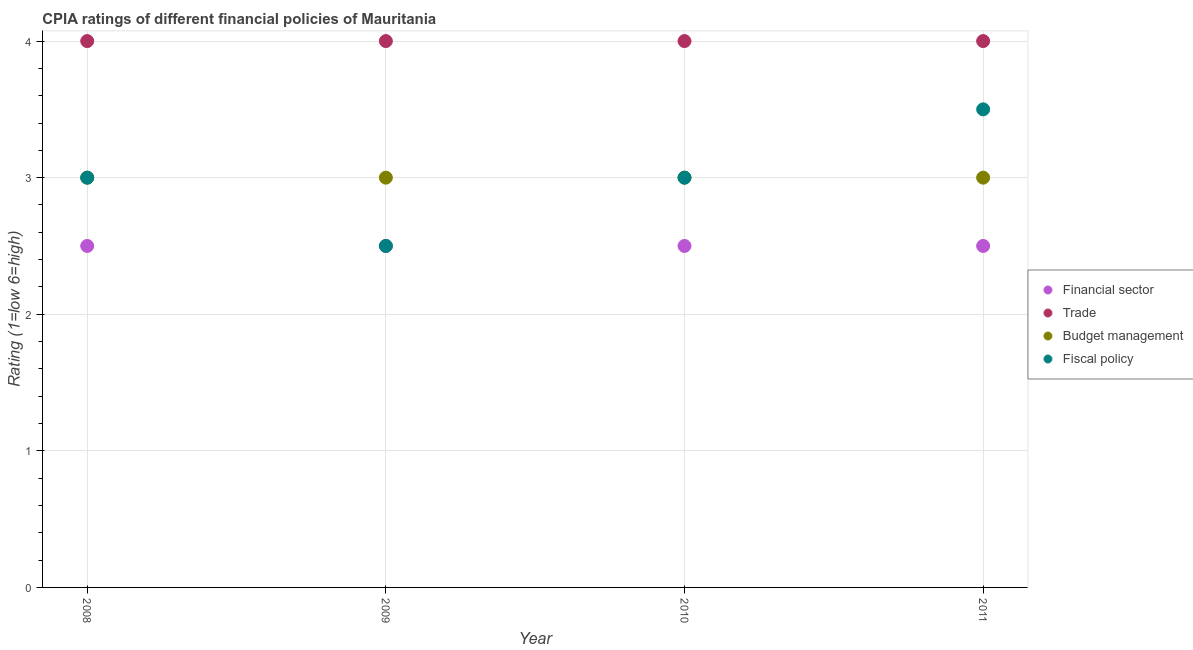
| Year | Financial sector | Trade | Budget management | Fiscal policy |
 | --- | --- | --- | --- | --- |
 | 2008 | 2.5 | 4 | 3 | 3 |
 | 2009 | 2.5 | 4 | 3 | 2.5 |
 | 2010 | 2.5 | 4 | 3 | 3 |
 | 2011 | 2.5 | 4 | 3 | 3.5 |